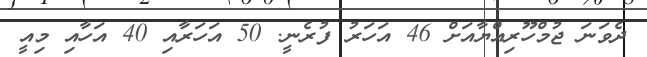
ދެވަނަ ޖުމްހޫރިއްޔާއަށް 46 އަހަރު ފުރެނީ. 50 އަހަރާއި 40 އަހާއި މިއީ